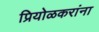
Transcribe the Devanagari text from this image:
प्रियोळकरांना